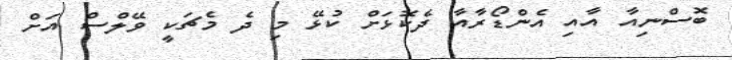
ބޮސްނިއާ އާއި އެންޑޯރާއާ ދެކޮޅަށް ކުޅޭ މި ދެ މެޗަކީ ވޭލްސް އަށް